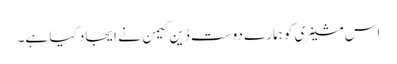
اس مشینری کو ہمارے دوست ڈین کیمن نے ایجاد کیا ہے۔